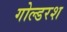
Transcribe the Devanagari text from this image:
गोल्डरश